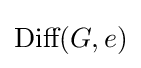
{\text{Diff}}(G,e)